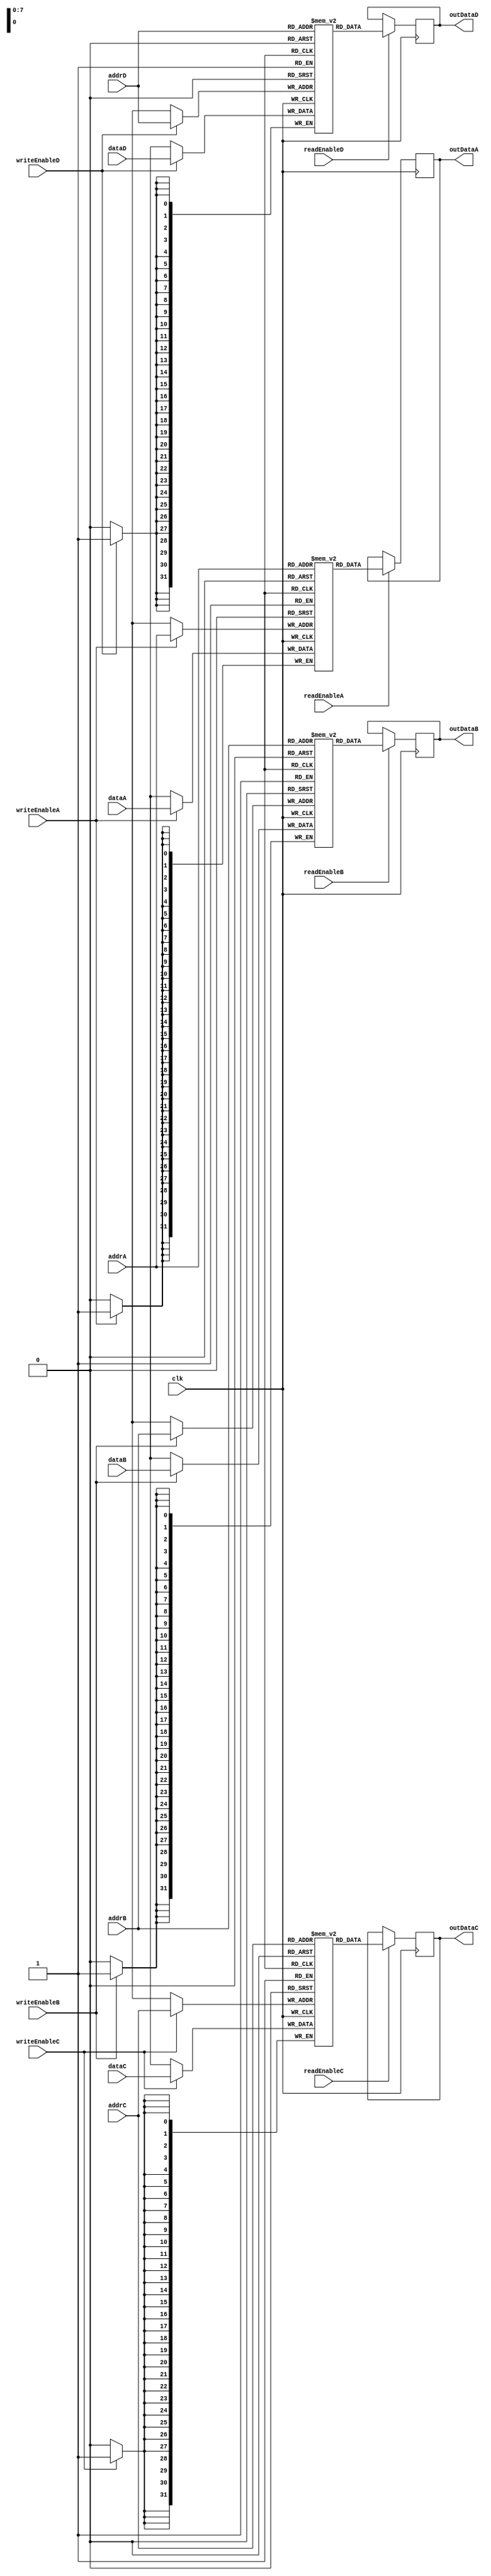
module memory_blocks_quad_port_register_file(
  input wire clk,
  input wire [7:0] addrA,
  input wire [7:0] addrB,
  input wire [7:0] addrC,
  input wire [7:0] addrD,
  input wire [31:0] dataA,
  input wire [31:0] dataB,
  input wire [31:0] dataC,
  input wire [31:0] dataD,
  input wire writeEnableA,
  input wire writeEnableB,
  input wire writeEnableC,
  input wire writeEnableD,
  input wire readEnableA,
  input wire readEnableB,
  input wire readEnableC,
  input wire readEnableD,
  output reg [31:0] outDataA,
  output reg [31:0] outDataB,
  output reg [31:0] outDataC,
  output reg [31:0] outDataD
);

reg [31:0] memory_block1[255:0];
reg [31:0] memory_block2[255:0];
reg [31:0] memory_block3[255:0];
reg [31:0] memory_block4[255:0];

always @(posedge clk) begin
  if(writeEnableA) memory_block1[addrA] <= dataA;
  if(writeEnableB) memory_block2[addrB] <= dataB;
  if(writeEnableC) memory_block3[addrC] <= dataC;
  if(writeEnableD) memory_block4[addrD] <= dataD;
  
  if(readEnableA) outDataA <= memory_block1[addrA];
  if(readEnableB) outDataB <= memory_block2[addrB];
  if(readEnableC) outDataC <= memory_block3[addrC];
  if(readEnableD) outDataD <= memory_block4[addrD];
end

endmodule